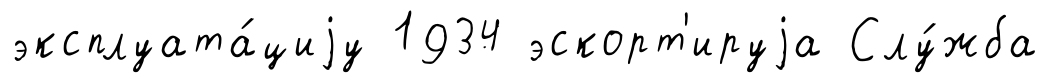
эксплуата́циjу 1934 эскорт'ируjа Слу́жба